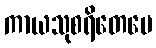
ကာယသုစရိတေပေ